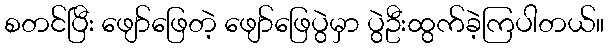
စတင်ပြီး ဖျော်ဖြေတဲ့ ဖျော်ဖြေပွဲမှာ ပွဲဦးထွက်ခဲ့ကြပါတယ်။